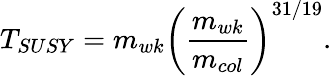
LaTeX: T_{SUSY}=m_{wk}\left(\frac{m_{wk}}{m_{col}}\right)^{31/19}.